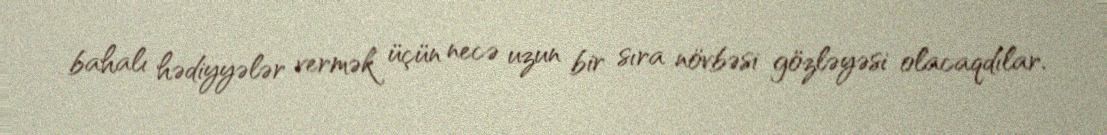
bahalı hədiyyələr vermək üçün necə uzun bir sıra növbəsi gözləyəsi olacaqdılar.